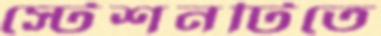
স্টেশনটিতে